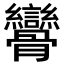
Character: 𩪾